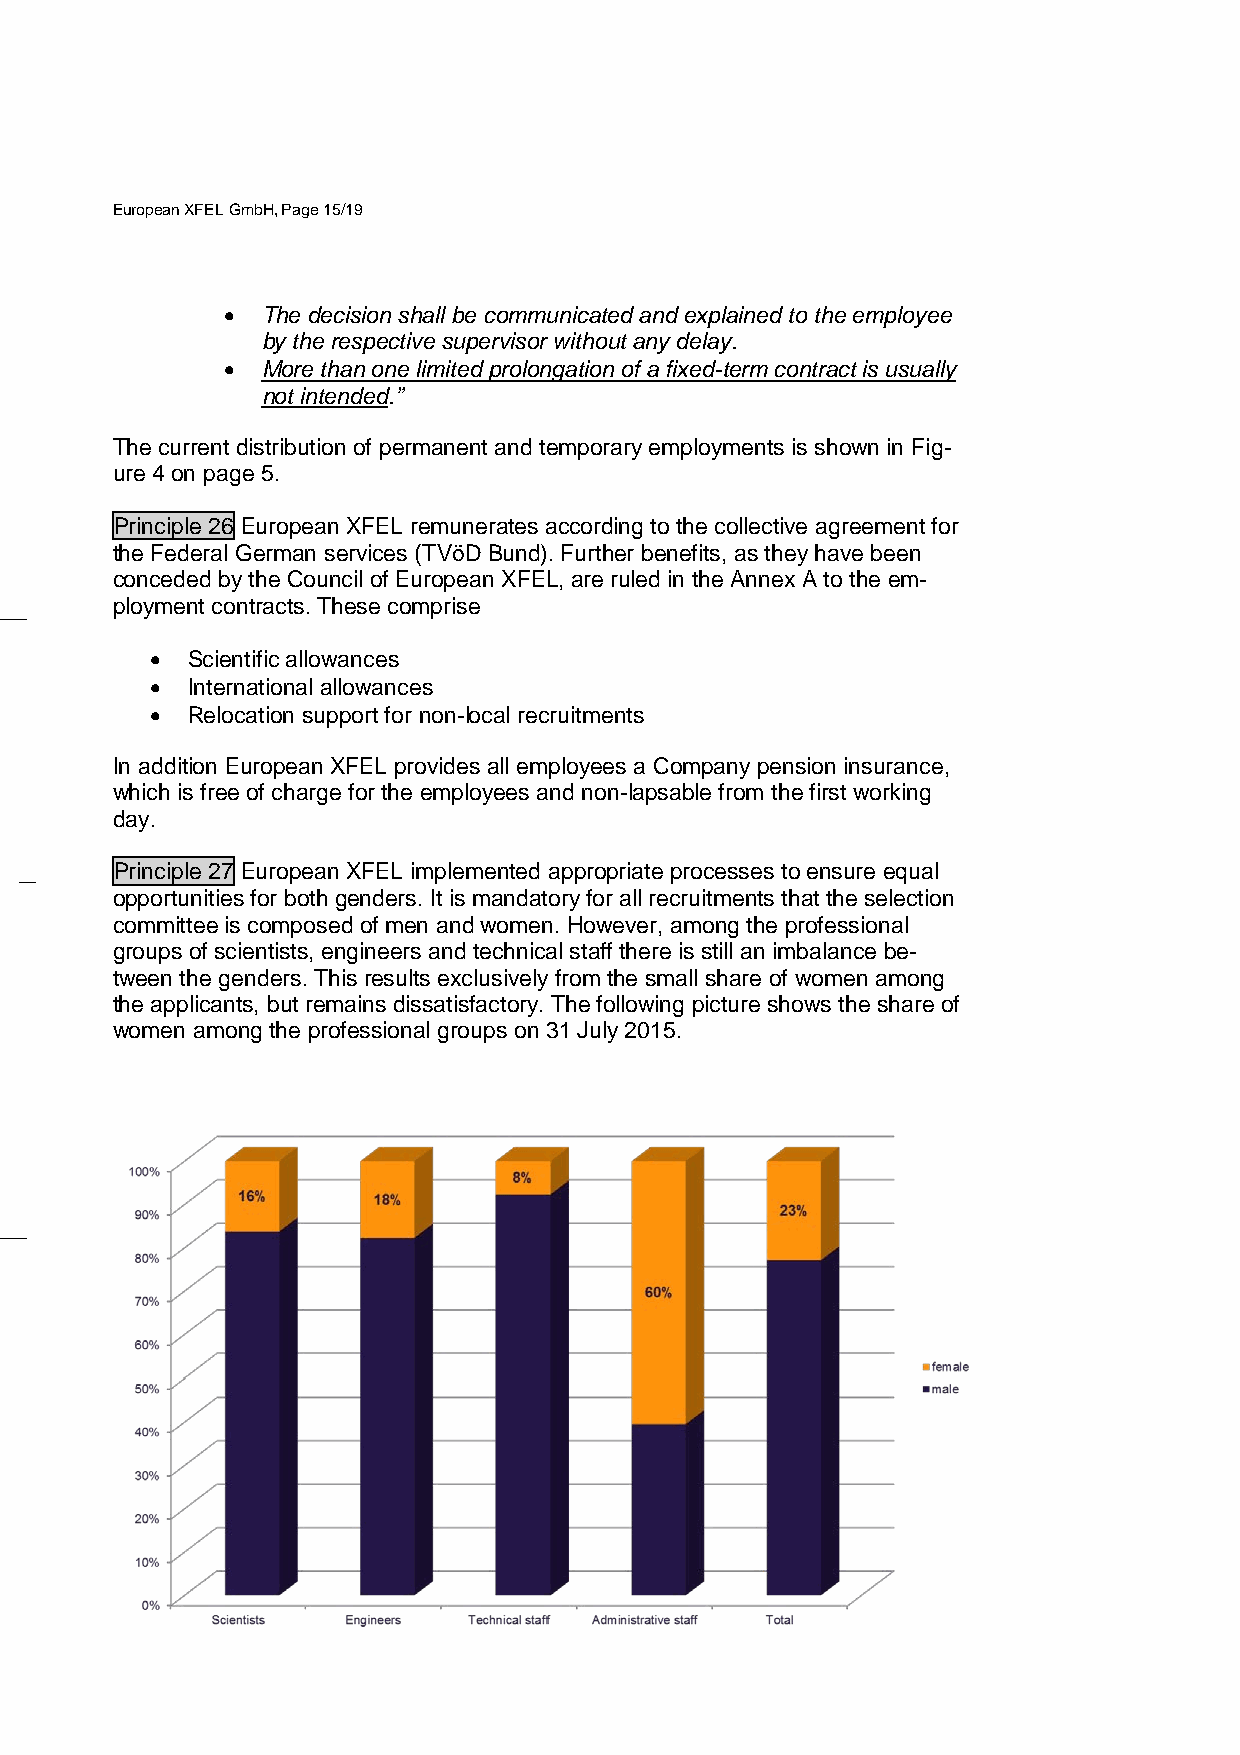
European XFEL GmbH, Page 15/19
 • The decision shall be communicated and explained to the employee
 by the respective supervisor without any delay.
 • More than one limited prolongation of a fixed-term contract is usually
 not intended.”
 The current distribution of permanent and temporary employments is shown in Fig-
 ure 4 on page 5.
 Principle 26 European XFEL remunerates according to the collective agreement for
 the Federal German services (TVöD Bund). Further benefits, as they have been
 conceded by the Council of European XFEL, are ruled in the Annex A to the em-
 ployment contracts. These comprise
 • Scientific allowances
 • International allowances
 • Relocation support for non-local recruitments
 In addition European XFEL provides all employees a Company pension insurance,
 which is free of charge for the employees and non-lapsable from the first working
 day.
 Principle 27 European XFEL implemented appropriate processes to ensure equal
 opportunities for both genders. It is mandatory for all recruitments that the selection
 committee is composed of men and women. However, among the professional
 groups of scientists, engineers and technical staff there is still an imbalance be-
 tween the genders. This results exclusively from the small share of women among
 the applicants, but remains dissatisfactory. The following picture shows the share of
 women among the professional groups on 31 July 2015.